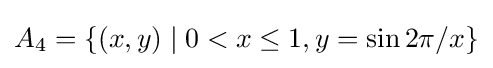
A_{4}=\{(x,y)\mid 0<x\leq 1,y=\sin 2\pi /x\}